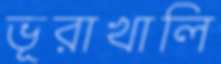
ভূরাখালি